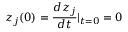
z _ { j } ( 0 ) = \frac { d z _ { j } } { d t } | _ { t = 0 } = 0